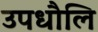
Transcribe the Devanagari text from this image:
उपधौलि